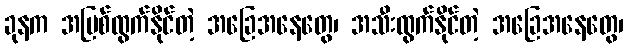
ခုနက အမြစ်ထွက်နိုင်တဲ့ အခြေအနေတွေ၊ အသီးထွက်နိုင်တဲ့ အခြေအနေတွေ၊